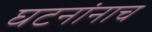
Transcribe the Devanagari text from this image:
घटनांनाच